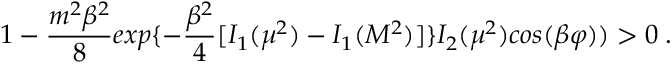
1 - { \frac { m ^ { 2 } \beta ^ { 2 } } { 8 } } e x p \{ - { \frac { \beta ^ { 2 } } { 4 } } [ I _ { 1 } ( \mu ^ { 2 } ) - I _ { 1 } ( M ^ { 2 } ) ] \} I _ { 2 } ( \mu ^ { 2 } ) c o s ( \beta \varphi ) ) > 0 \; .